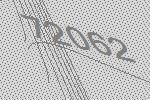
72062